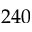
2 4 0